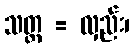
သတ္ထ = လှည်း၊